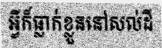
អ្វីក៏ធ្លាក់ខ្លួននៅសល់ដី